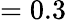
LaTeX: =0.3